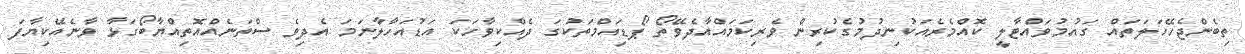
ތިބެންޖެހޭހަލަތައް ގައުމުވައްޓާލީ ކޮއްމެރެއަކުނިދުމުގެކުރިން ވެރިކަމައްއާދެވޭތޯ ޕޯޑިއަމްތަކުގަ ދެއްކިވާހަކަ އަޑުއަހާލާނަމަ އެދިވެ ސްތަނެއްއޮތިއްޔާބޯގަޅާ ވާނެއޭކިޔާފަ